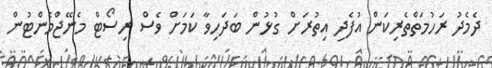
ދެމެދު ރަހުމަތްތެރިކަން އުފެދި އިތުރަށް ގުޅުން ބަދަހިވާ ކަމަށް ވެސް ރިސޯޓް މެނޭޖްމެންޓުން